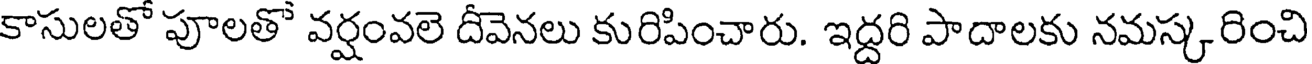
కాసులతో పూలతో వర్షంవలె దీవెనలు కురిపించారు. ఇద్దరి పాదాలకు నమస్కరించి